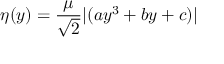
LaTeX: \eta ( y ) = \frac { \mu } { \sqrt { 2 } } | ( a y ^ { 3 } + b y + c ) |